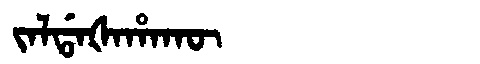
Manchu: ᠵᠠᠯᡩᠠᡧᠠᡥᠠᡴᡡ
Romanization: JALDAŠAHAKŪ